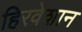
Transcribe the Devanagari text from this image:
हिरवेशान